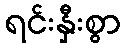
ရင်းနှီးစွာ